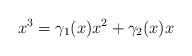
LaTeX: \begin{align*} x^3=\gamma_1(x)x^2+\gamma_2(x)x\end{align*}